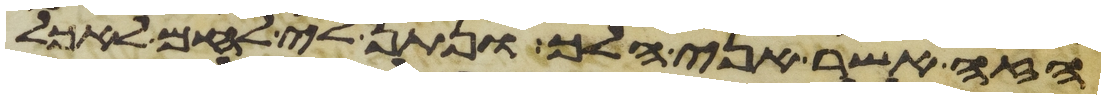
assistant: הזה אשר אני הלך ונתן לי לחם לאכל